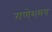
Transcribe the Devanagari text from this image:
गणेशमय